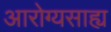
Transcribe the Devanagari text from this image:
आरोग्यसाह्य